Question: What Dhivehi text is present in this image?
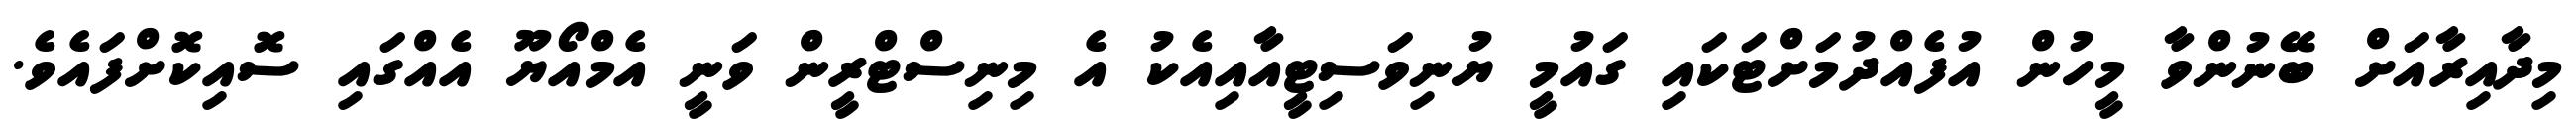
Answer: މިދާއިރާއަށް ބޭނުންވާ މީހުން އުފެއްދުމަށްޓަކައި ގައުމީ ޔުނިވަސިޓީއާއިއެކު އެ މިނިސްޓްރީން ވަނީ އެމްއޯޔޫ އެއްގައި ސޮއިކޮށްފައެވެ.